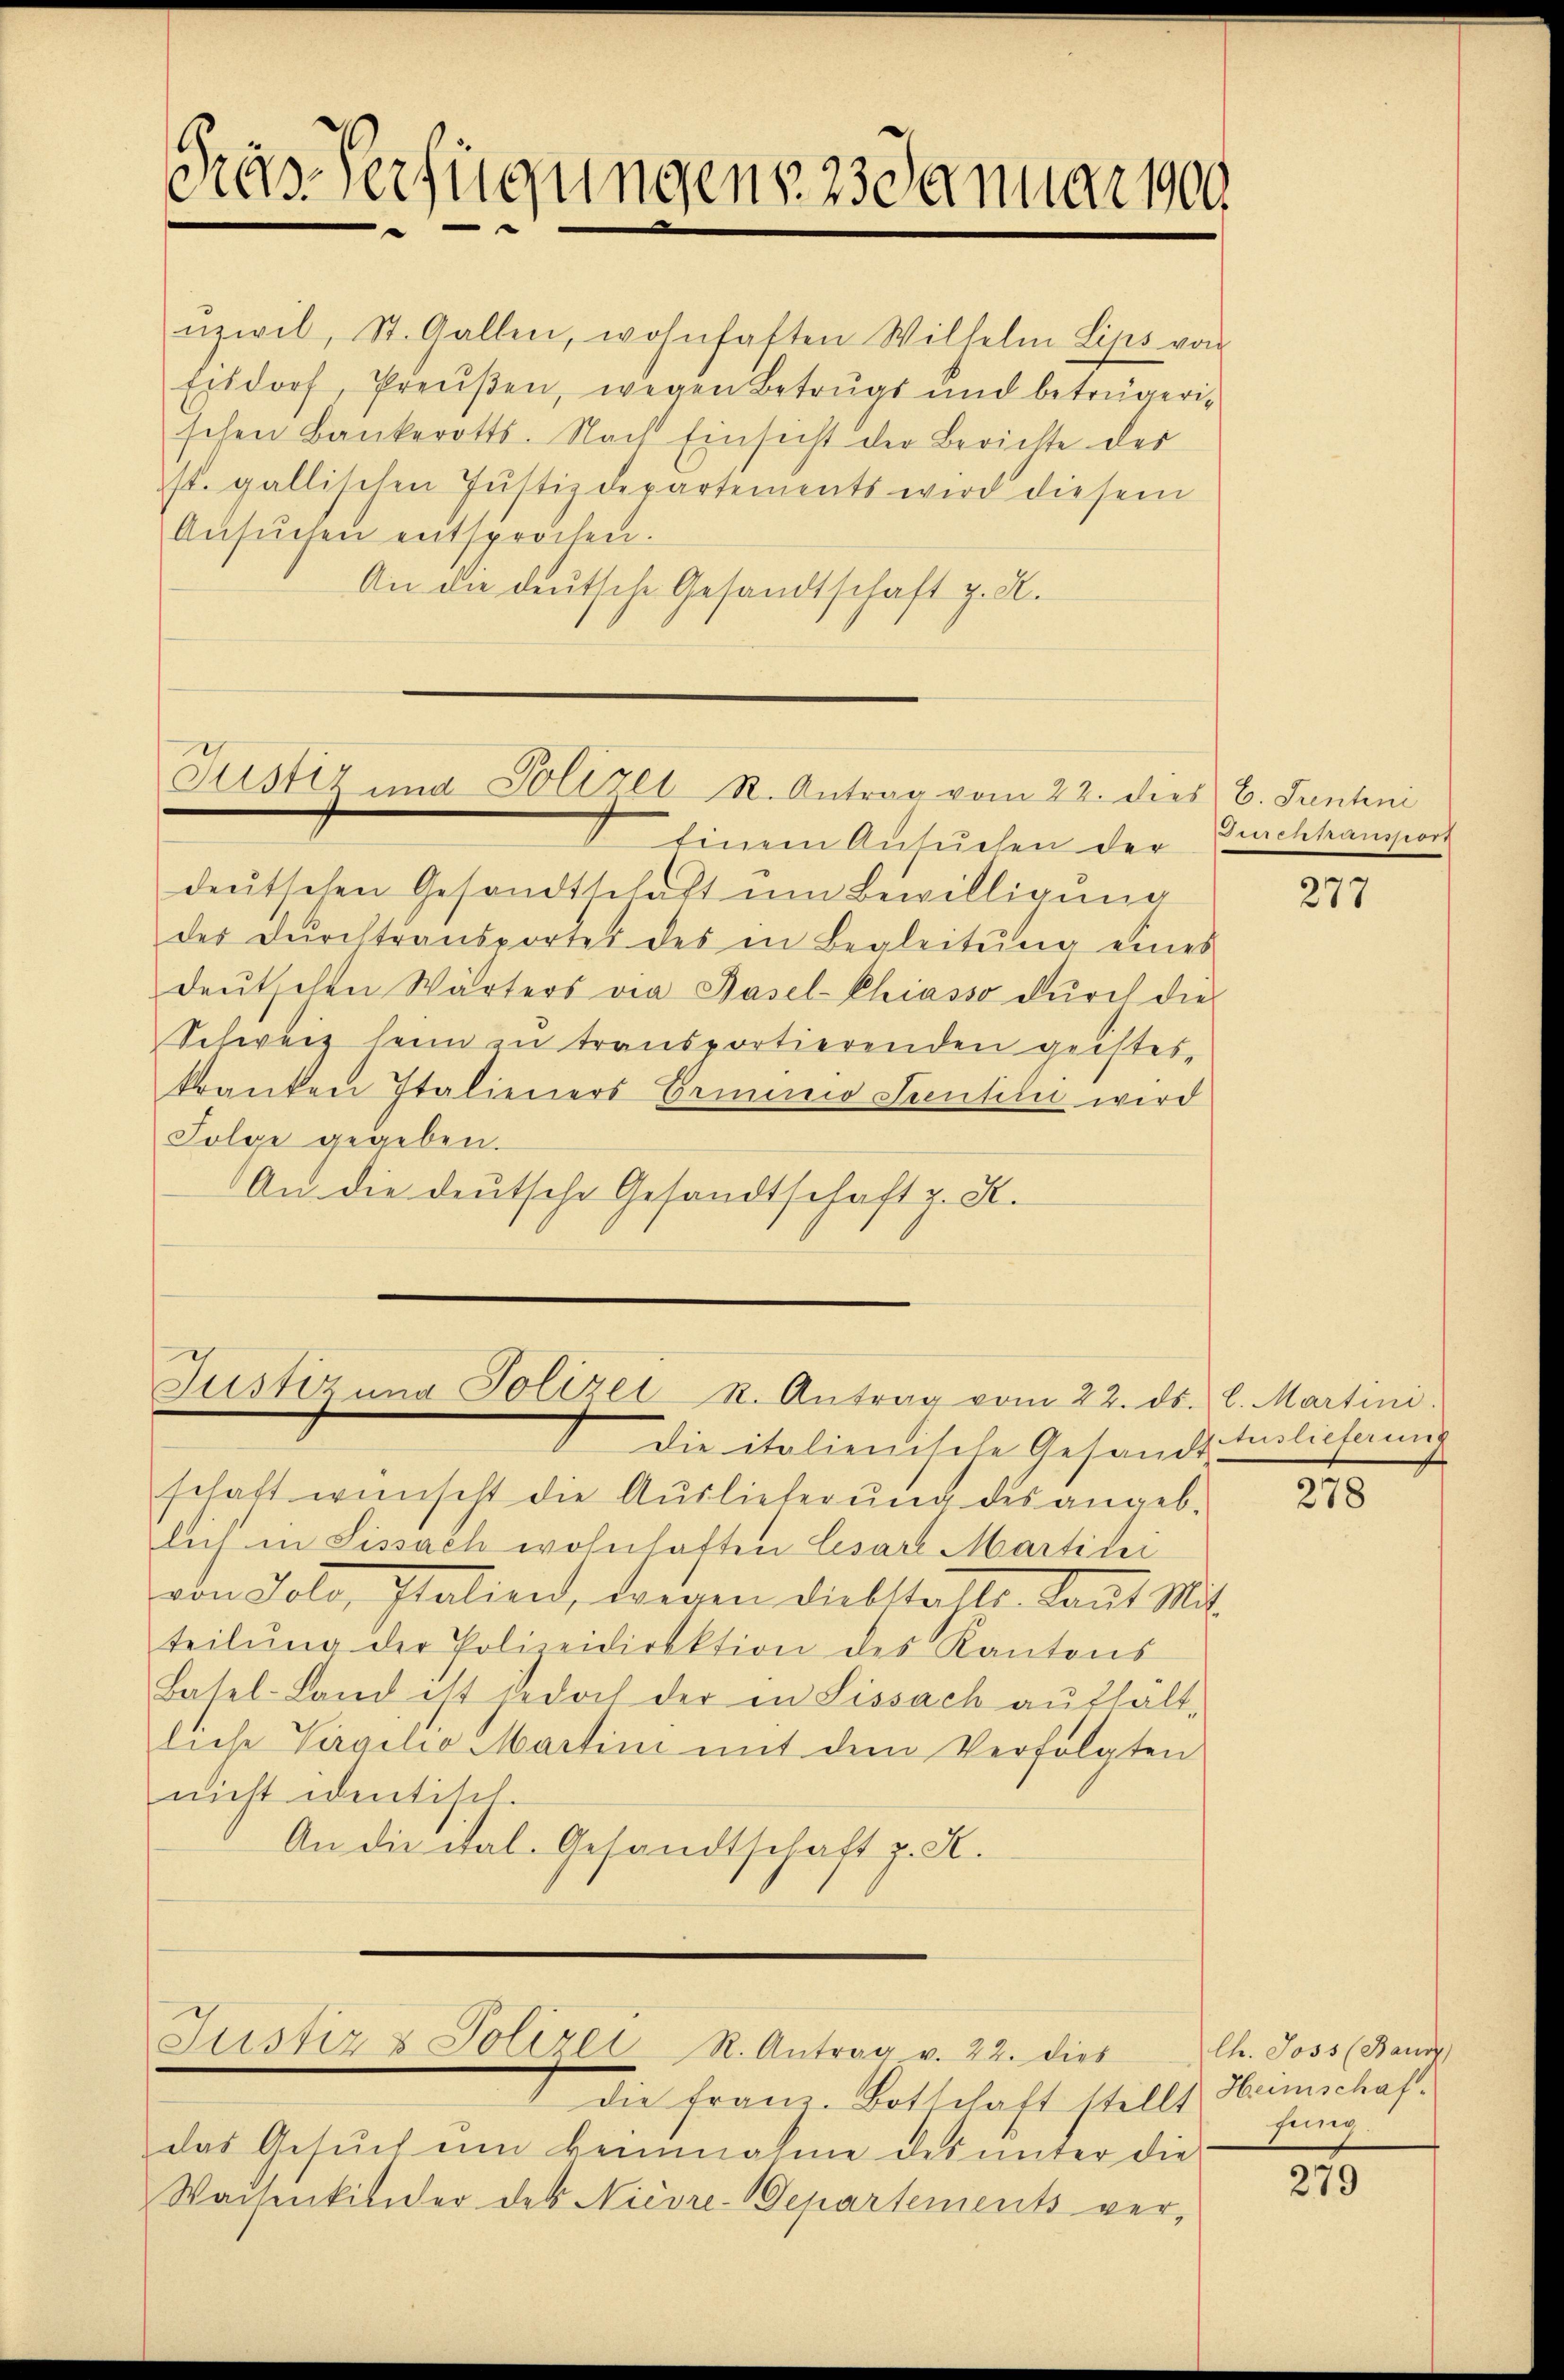
Pras Verfügungenes danuar ver

ŭzwil, St. Gallen, wohnhaften Wilhelm Lips von
Eisdorf, Preŭβen, wegen Betrugs und betrügeri-
schen Bankerotts. Nach Einsicht der Berichte der
ist. gallischen Justizdepartements wird diesem
Ansŭchen entsprochen.
An die deutsche Gesandtschaft z. R.

Justiz und Polizei R. Antrag vom 22. dies 6. Juntni

Einem Ansuchen der Fruchhansport
deutschen Gesandtschaft um Bewilligung
der Dŭrchtransportet des in Begleitŭng eines
deŭtschen Wärters via Basel-Chiasso durch die
Schweiz heim zu transportierenden geistes-
kranken Italieners Ermnio Senteli wird
Folge gegeben.
An die deutsche Gesandtschaft z. K.

Justizung Polizeik. Antrag vom 22. ds. l. Martini.

Die italienische Gesandt
schaft wünscht die Auslieferŭng des angeb.
lich in Lissach wohnhaften Cesart Martikei
von Gold, Italien, dargen Diebstalt. Kant Mit-
teilŭng der Polizeidirektion des Kantons
Basel-Land ist jedoch der in Lissach aufhältdiese Virgilio Martini mit dem Verfolgten
nicht identisch.
An die ital. Gesandtschaft z. K.

Justiz & Polizei R. Antrag v. 22. dies Ch. Joss (Baum

die Franz. Botschaft stellt Haunschaft
das Gesŭch ŭm keinnahme des unter die
Waisenkinder des Nievre-Departements ver-

277

tuslieferung

210

fung

215